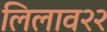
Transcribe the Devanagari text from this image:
लिलाव२२